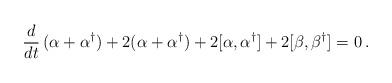
LaTeX: \begin{align*}\frac{d}{dt} \, (\alpha + \alpha^\dagger) + 2 (\alpha + \alpha^\dagger)+ 2 [\alpha, \alpha^\dagger] + 2[\beta,\beta^\dagger] = 0 \, .\end{align*}